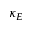
\kappa _ { E }